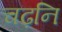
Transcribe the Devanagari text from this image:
चढ़नि